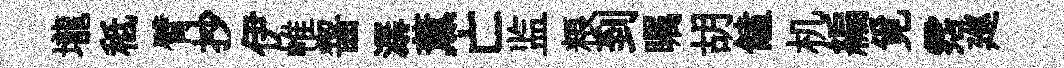
壠秪臂抄伊帷齧潺薰亡监粮到瞩胡饁机編覓霑廵